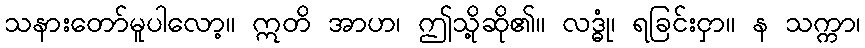
သနားတော်မူပါလော့။ ဣတိ အာဟ၊ ဤသို့ဆို၏။ လဒ္ဓုံ၊ ရခြင်းငှာ။ န သက္ကာ၊